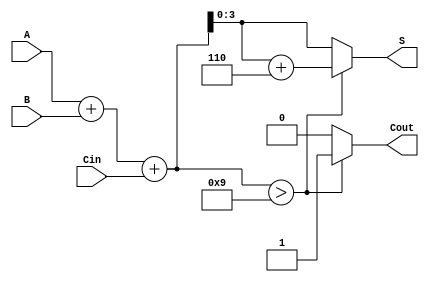
module BCD_Hybrid_Adder (
    input  [3:0] A,      // First BCD input
    input  [3:0] B,      // Second BCD input
    input        Cin,     // Carry-in
    output reg [3:0] S,   // BCD sum output
    output reg Cout       // Carry-out
);

    wire [4:0] Temp;     // Temporary sum (5 bits to accommodate carry)
    
    // Step 1: Binary Addition
    assign Temp = A + B + Cin;

    // Step 2: BCD Correction Logic
    always @(*) begin
        if (Temp > 9) begin
            S = Temp + 6;  // Adjust for BCD correction
            Cout = 1;      // Set carry-out
        end else begin
            S = Temp;      // No correction needed
            Cout = 0;      // No carry-out
        end
    end

endmodule